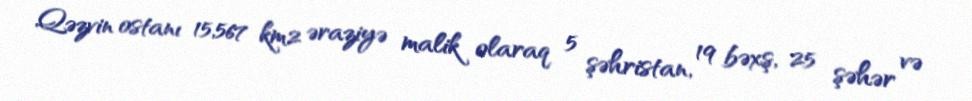
Qəzvin ostanı 15,567 km2 əraziyə malik olaraq 5 şəhristan, 19 bəxş, 25 şəhər və